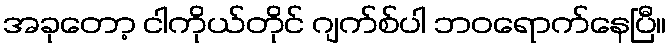
အခုတော့ ငါကိုယ်တိုင် ဂျက်စ်ပါ ဘဝရောက်နေပြီ။